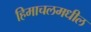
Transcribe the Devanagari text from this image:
हिमाचलमधील